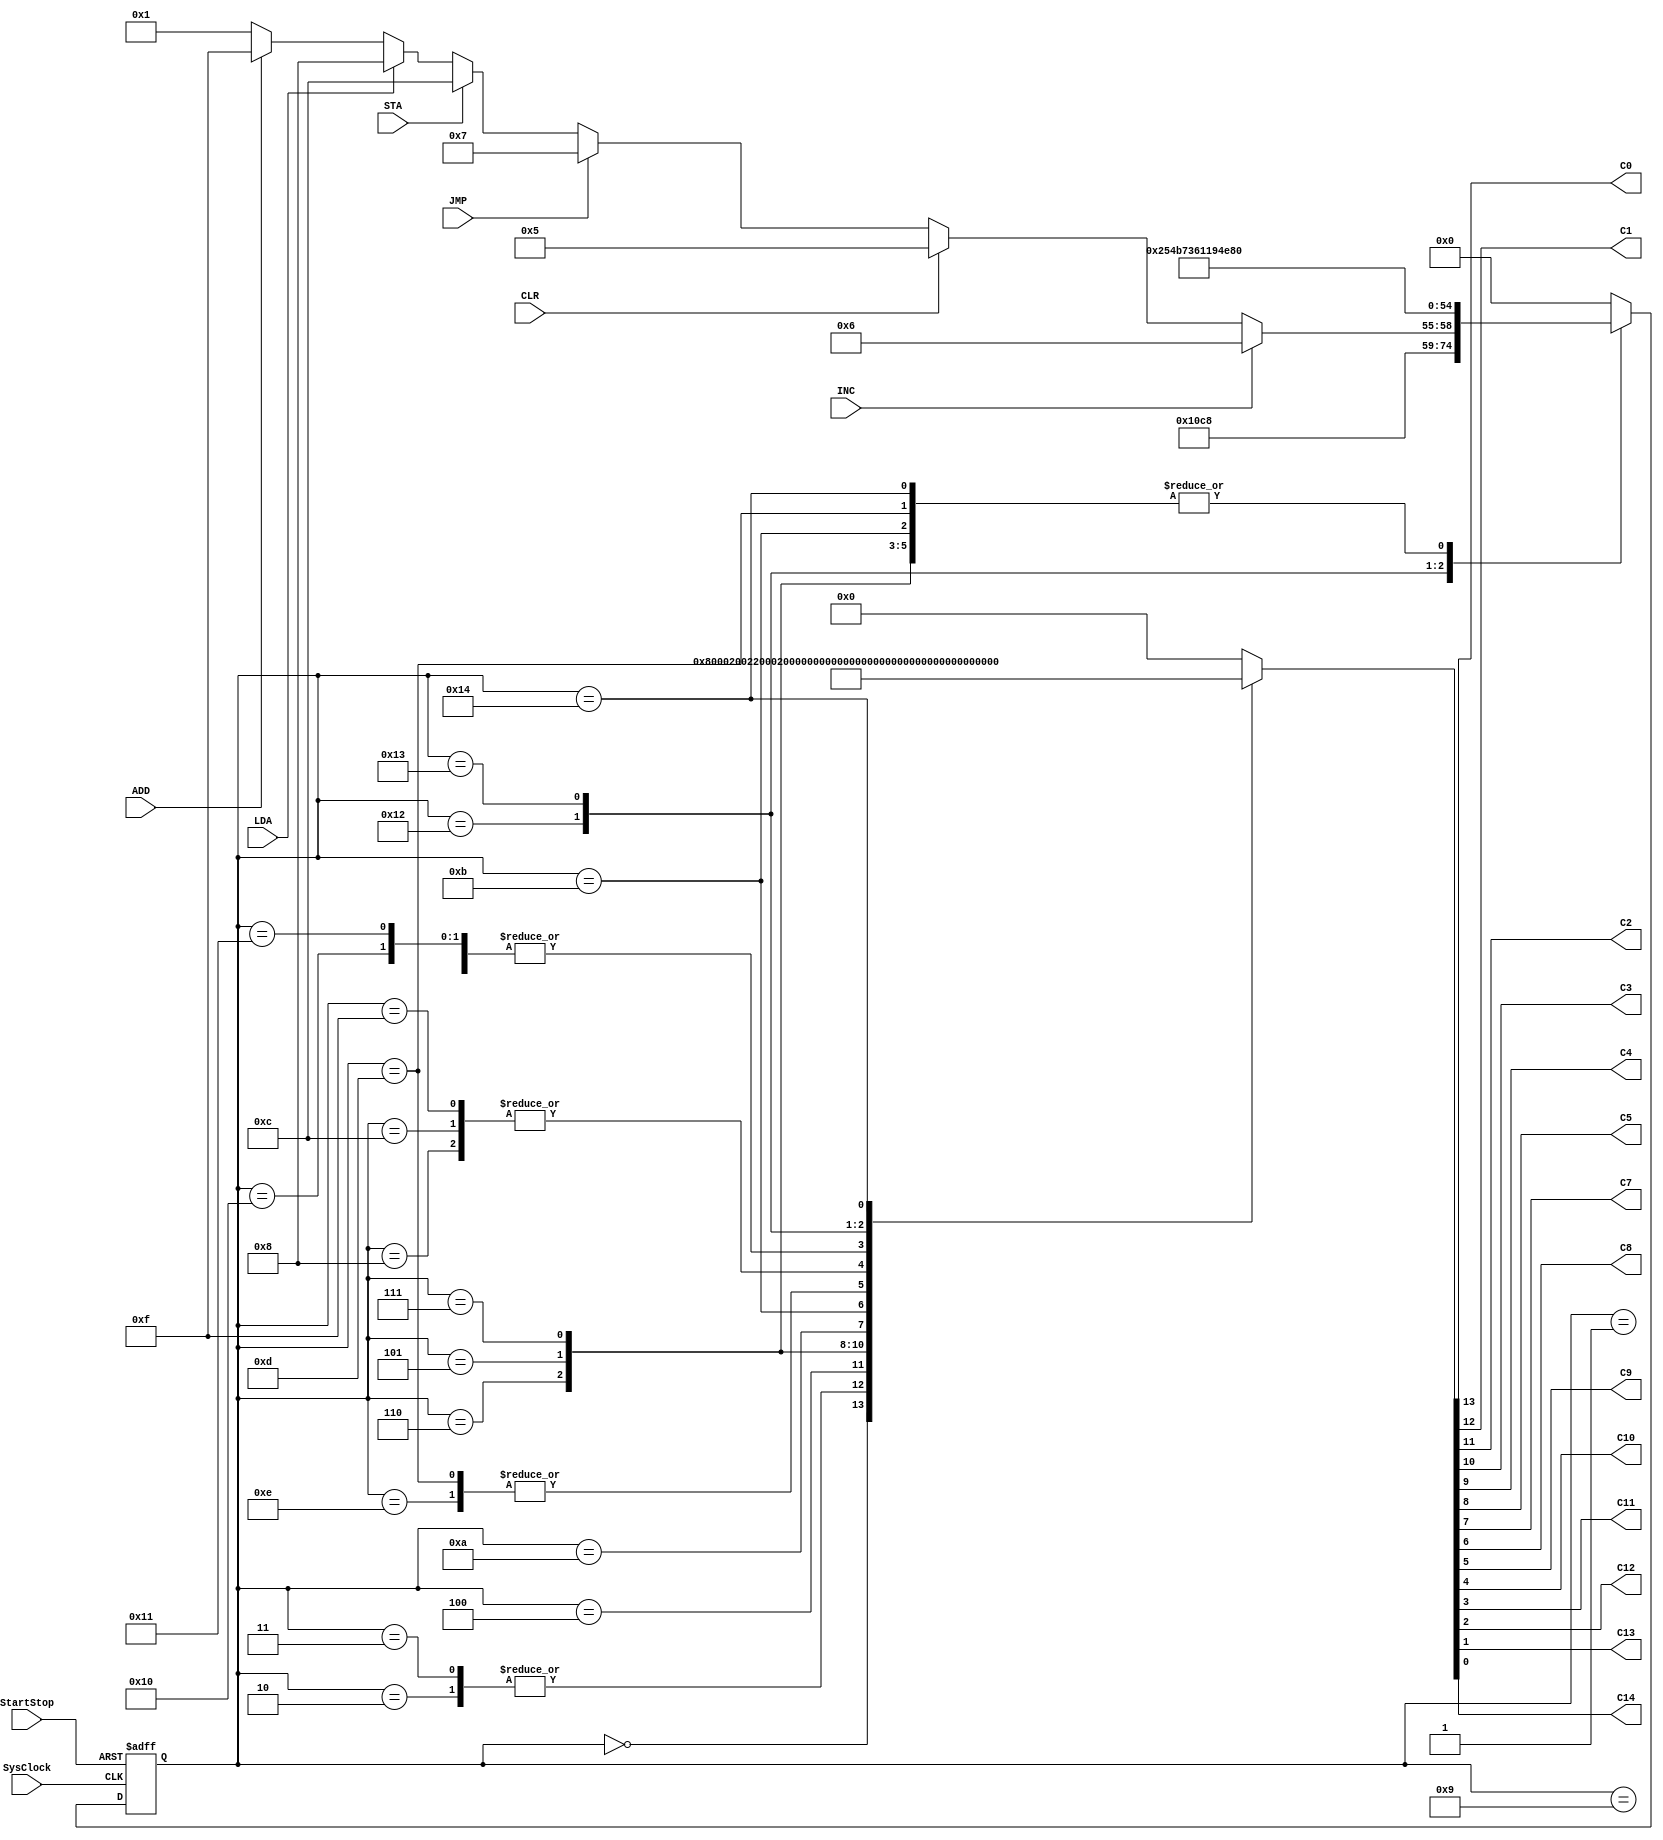
module TRISC (SysClock,StartStop,INC,CLR,JMP,LDA,STA,ADD,C0,C1,C2,C3,C4,C5,C7,C8,C9,C10,C11,C12,C13,C14);
	input SysClock,StartStop,INC,CLR,JMP,LDA,STA,ADD;
	output reg C0,C1,C2,C3,C4,C5,C7,C8,C9,C10,C11,C12,C13,C14;
	reg[4:0] state,nextstate;
	parameter  A=5'b00000,B=5'b00001,C=5'b00010,D=5'b00011,E=5'b00100,F=5'b00110,G=5'b00101,H=5'b00111,
				  I=5'b01000,J=5'b01001,K=5'b01010,L=5'b01011,M=5'b01100,N=5'b01110,O=5'b01101,P=5'b01111,
				  Q=5'b10000,R=5'b10001,S=5'b10010,T=5'b10011,U=5'b10100;
		always @ (negedge SysClock, negedge StartStop)
			if(StartStop == 1'b0) state <= A;else state <= nextstate;
		always @ (state,INC,CLR,JMP,LDA,STA,ADD)
			case(state)
				A:begin {C0,C1,C2,C3,C4,C5,C7,C8,C9,C10,C11,C12,C13,C14} = 14'b10000000000000;nextstate = B; end
				B:begin {C0,C1,C2,C3,C4,C5,C7,C8,C9,C10,C11,C12,C13,C14} = 14'b00000000000000;nextstate = C; end
				C:begin {C0,C1,C2,C3,C4,C5,C7,C8,C9,C10,C11,C12,C13,C14} = 14'b00001000000000;nextstate = D; end
				D:begin {C0,C1,C2,C3,C4,C5,C7,C8,C9,C10,C11,C12,C13,C14} = 14'b00001000000000;nextstate = E; end
				E:begin {C0,C1,C2,C3,C4,C5,C7,C8,C9,C10,C11,C12,C13,C14} = 14'b00100010000000;
					if(INC) nextstate = F;
						else if (CLR) nextstate = G;
							else if (JMP) nextstate = H;
								else if (STA) nextstate = M;
									else if (LDA) nextstate = I;
										else if (ADD) nextstate = P; 
											else nextstate = B; end
				F:begin {C0,C1,C2,C3,C4,C5,C7,C8,C9,C10,C11,C12,C13,C14} = 14'b00000000100000;nextstate = B; end
				G:begin {C0,C1,C2,C3,C4,C5,C7,C8,C9,C10,C11,C12,C13,C14} = 14'b00000001000000;nextstate = B; end
				H:begin {C0,C1,C2,C3,C4,C5,C7,C8,C9,C10,C11,C12,C13,C14} = 14'b01000000000000;nextstate = B; end
				I:begin {C0,C1,C2,C3,C4,C5,C7,C8,C9,C10,C11,C12,C13,C14} = 14'b00010000000000;nextstate = J; end
				J:begin {C0,C1,C2,C3,C4,C5,C7,C8,C9,C10,C11,C12,C13,C14} = 14'b00011000000000;nextstate = K; end
				K:begin {C0,C1,C2,C3,C4,C5,C7,C8,C9,C10,C11,C12,C13,C14} = 14'b00011000010000;nextstate = L; end
				L:begin {C0,C1,C2,C3,C4,C5,C7,C8,C9,C10,C11,C12,C13,C14} = 14'b00000000011000;nextstate = B; end
				M:begin {C0,C1,C2,C3,C4,C5,C7,C8,C9,C10,C11,C12,C13,C14} = 14'b00010000000000;nextstate = N; end
				N:begin {C0,C1,C2,C3,C4,C5,C7,C8,C9,C10,C11,C12,C13,C14} = 14'b00011100000000;nextstate = O; end
				O:begin {C0,C1,C2,C3,C4,C5,C7,C8,C9,C10,C11,C12,C13,C14} = 14'b00011100000000;nextstate = B; end 
				P:begin {C0,C1,C2,C3,C4,C5,C7,C8,C9,C10,C11,C12,C13,C14} = 14'b00010000000000;nextstate = Q; end
				Q:begin {C0,C1,C2,C3,C4,C5,C7,C8,C9,C10,C11,C12,C13,C14} = 14'b00011000000000;nextstate = R; end
				R:begin {C0,C1,C2,C3,C4,C5,C7,C8,C9,C10,C11,C12,C13,C14} = 14'b00011000000000;nextstate = S; end
				S:begin {C0,C1,C2,C3,C4,C5,C7,C8,C9,C10,C11,C12,C13,C14} = 14'b00000000010000;nextstate = T; end
				T:begin {C0,C1,C2,C3,C4,C5,C7,C8,C9,C10,C11,C12,C13,C14} = 14'b00000000000001;nextstate = U; end
				U:begin {C0,C1,C2,C3,C4,C5,C7,C8,C9,C10,C11,C12,C13,C14} = 14'b00000000001000;nextstate = B; end
				default:begin {C0,C1,C2,C3,C4,C5,C7,C8,C9,C10,C11,C12,C13,C14} = 14'b00000000000000;nextstate = A; end
				
			endcase
endmodule